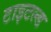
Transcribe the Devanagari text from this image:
टाइटल्ड